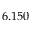
6 . 1 5 0